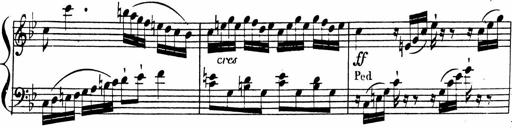
Title: 2 Piano Sonatinas
Composer: Ferdinand Ries